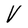
Character: V